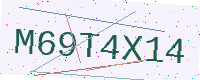
Text: M69T4X14